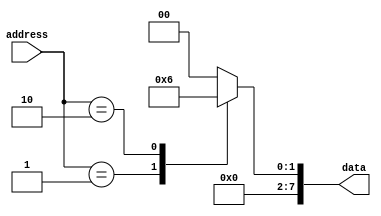
module MaskProgrammedROM (
    input [7:0] address,
    output reg [7:0] data
);

always @(*)
begin
    case(address)
        8'h00: data = 8'b00000000;
        8'h01: data = 8'b00000001;
        8'h02: data = 8'b00000010;
        // Add more address mappings here as needed
        default: data = 8'b00000000; // Default value for invalid addresses
    endcase
end

endmodule